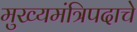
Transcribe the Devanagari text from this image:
मुख्यमंत्रिपदाचे